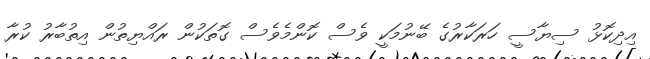
އިދިކޮޅު ސިޔާސީ ހަރަކާރުގެ ބޭނުމަކީ ވެސް ކޮންމެވެސް ގޮތަކުން ރައްޔިތުން އިތުބާރު ކުރާ